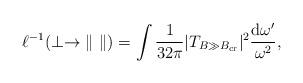
LaTeX: \begin{align*}\ell^{-1}(\perp\to \| ~ \|) = \int \frac {1}{32\pi}|T_{B \gg B_{\rm cr}}|^2\frac {{\rm d}\omega'}{\omega^2},\end{align*}